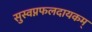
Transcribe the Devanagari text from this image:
सुस्वप्नफलदायकम्